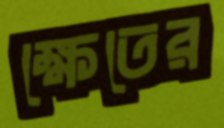
ক্ষেতের